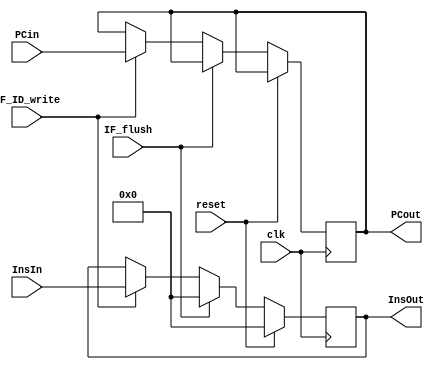
`timescale 1ns / 1ps
//////////////////////////////////////////////////////////////////////////////////
// Company: 
// Engineer: 
// 
// Design Name: 
// Module Name: IF_ID
// Project Name: 
// Target Devices: 
// Tool Versions: 
// Description: 
// 
// Dependencies: 
// 
// Revision:
// Revision 0.01 - File Created
// Additional Comments:
// 
//////////////////////////////////////////////////////////////////////////////////


module IF_ID(
input clk,reset,
input IF_ID_write,IF_flush,
input [31:0] PCin, InsIn,
output reg [31:0] PCout, InsOut);

always@(posedge clk)
begin
if(reset) InsOut <= 0;
else if(IF_flush) InsOut <= 0;
else if(IF_ID_write)
begin
PCout <= PCin;
InsOut <= InsIn;
end
end
endmodule